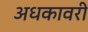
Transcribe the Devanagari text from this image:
अधकावरी